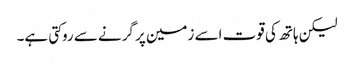
لیکن ہاتھ کی قوت اسے زمین پر گرنے سے روکتی ہے۔